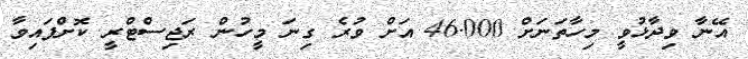
އޭނާ ވިދާޅުވީ މިހާތަނަށް 46.000 އަށް ވުރެ ގިނަ މީހުން ރަޖިސްޓްރީ ކޮށްފައިވާ